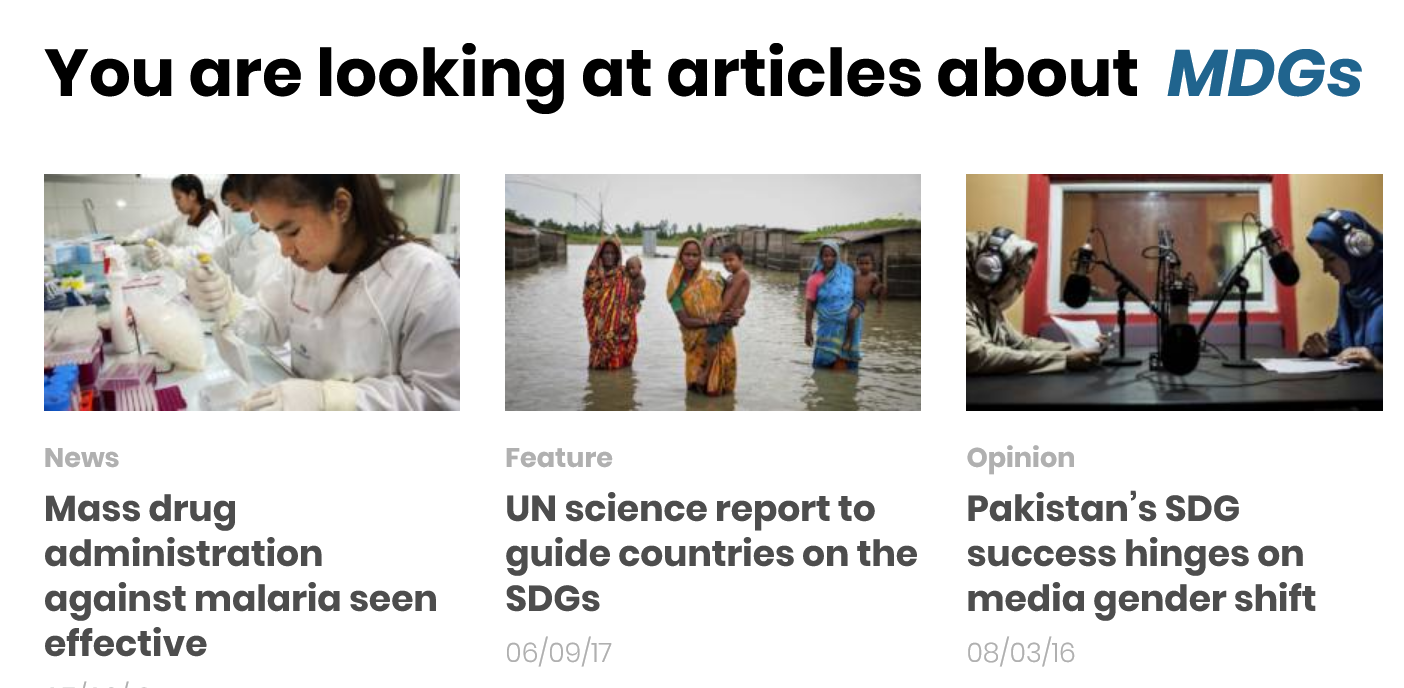
You are looking at articles about MDGs
     Jail
    OF
    As
  (eit
     UN science report to
     guide countries on the
     SDGs
  Mass drug
  administration
  against malaria seen
  effective
     Pakistan’s SDG
     success hinges on
     media gender shift
     Opinion
     08/03/16 06/09/17
     Feature News